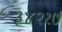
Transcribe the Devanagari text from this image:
३४२१७